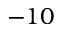
- 1 0